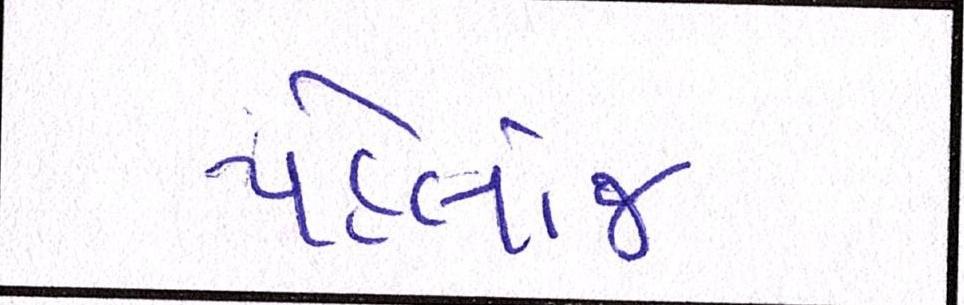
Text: પહેલાંજ